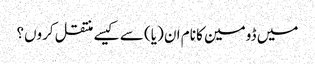
میں ڈومین کا نام ان (یا) سے کیسے منتقل کروں؟